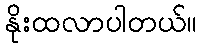
နိုးထလာပါတယ်။